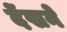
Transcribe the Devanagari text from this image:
देंखने